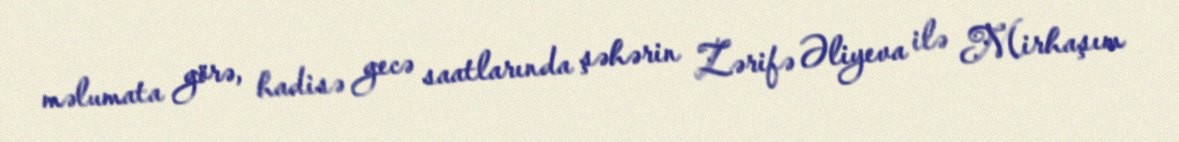
məlumata görə, hadisə gecə saatlarında şəhərin Zərifə Əliyeva ilə Mirhaşım